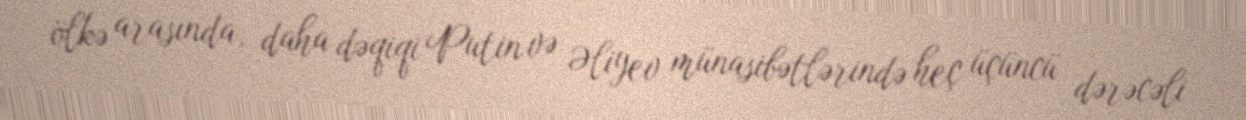
ölkə arasında, daha dəqiqi Putin və Əliyev münasibətlərində heç üçüncü dərəcəli